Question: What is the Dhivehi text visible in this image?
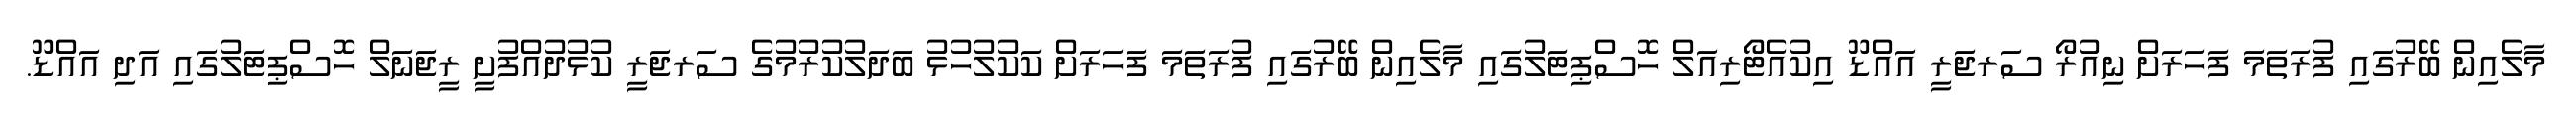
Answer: މާލެއިން ބޭރުގައި ފުރަތަމަ ފަހަރަށް ނިއުރޯ ސަރޖަރީ އައްޑޫ އިކުއެޓޯރިއަލް ހޮސްޕިޓަލުގައި މާލެއިން ބޭރުގައި ފުރަތަމަ ފަހަރަށް ކަކުލުހުޅު ބަދަލުކުރުމުގެ ސަރޖަރީ ކުޅުދުއްފުށީ ރީޖަނަލް ހޮސްޕިޓަލުގައި އަދި އައްޑޫ.